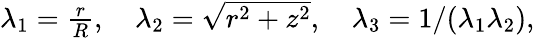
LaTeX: \begin{array}{r}{\lambda_{1}=\frac{r}{R},\quad\lambda_{2}=\sqrt{r^{2}+z^{2}},\quad\lambda_{3}=1/(\lambda_{1}\lambda_{2}),}\end{array}